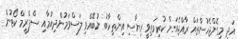
އަދި މިގޮންޖެހުންތައް ރާއްޖެއަށް ކުރިމަތިވީ ރިޔާސި އިންތިހާބު ނުބޭއްވި ލަސްވަމުންދިއުމާއި ސްޕްރީމް ކޯޓުން